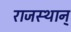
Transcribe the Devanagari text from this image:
राजस्थान्